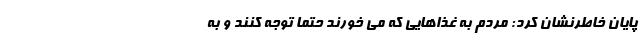
پایان خاطرنشان کرد: مردم به غذاهایی که می خورند حتما توجه کنند و به